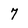
Character: 7